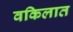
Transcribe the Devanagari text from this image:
वकिलात